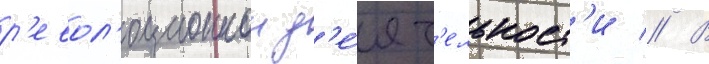
р'евол'юционнои д'е́ят'ельност'и // В